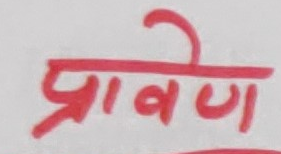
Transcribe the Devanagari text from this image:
प्रवीण